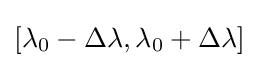
[\lambda _{0}-\Delta \lambda ,\lambda _{0}+\Delta \lambda ]